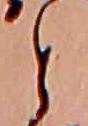
と